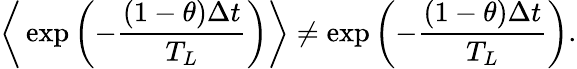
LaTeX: \bigg\langle\exp\left(-\frac{(1-\theta)\Delta t}{T_{L}}\right)\bigg\rangle\neq\exp\left(-\frac{(1-\theta)\Delta t}{T_{L}}\right).